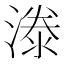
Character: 漛